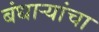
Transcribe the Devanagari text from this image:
बंधाऱ्यांचा